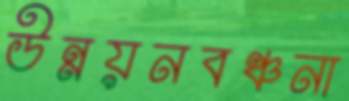
উন্নয়নবঞ্চনা